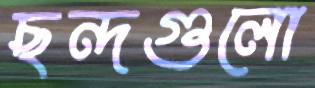
ছন্দগুলো